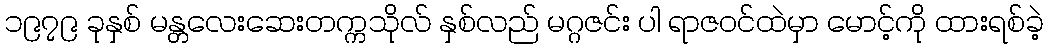
၁၉၇၉ ခုနှစ် မန္တလေးဆေးတက္ကသိုလ် နှစ်လည် မဂ္ဂဇင်း ပါ ရာဇဝင်ထဲမှာ မောင့်ကို ထားရစ်ခဲ့